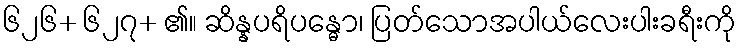
၆၂၆+ ၆၂၇+ ၏။ ဆိန္နပရိပန္ဓော၊ ပြတ်သောအပါယ်လေးပါးခရီးကို